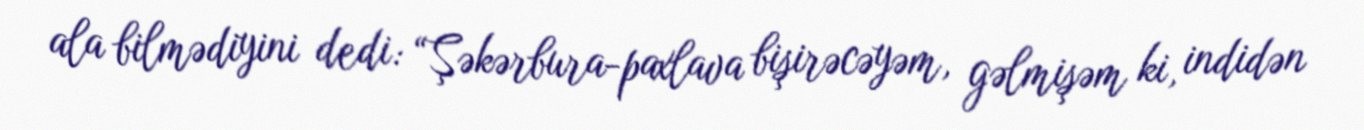
ala bilmədiyini dedi: “Şəkərbura-paxlava bişirəcəyəm, gəlmişəm ki, indidən